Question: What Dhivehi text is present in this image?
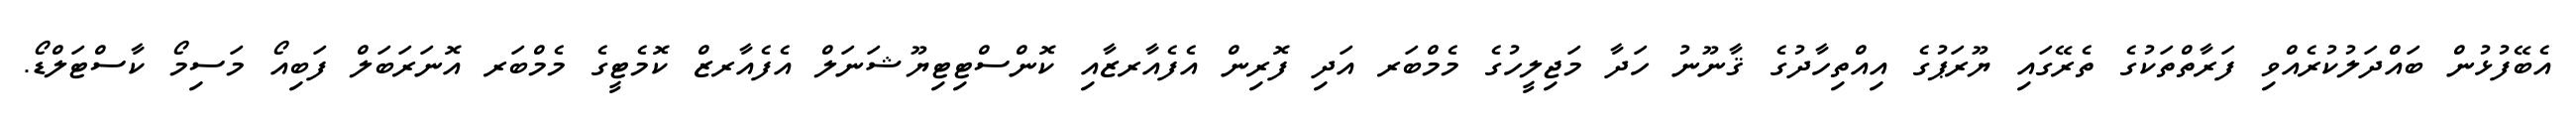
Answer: އެބޭފުޅުން ބައްދަލުކުރެއްވި ފަރާތްތަކުގެ ތެރޭގައި ޔޫރަޕުގެ އިއްތިހާދުގެ ޤާނޫނު ހަދާ މަޖިލީހުގެ މެމްބަރ އަދި ފޮރިން އެފެއާރޒާއި ކޮންސްޓިޓިޔޫޝަނަލް އެފެއާރޒް ކޮމެޓީގެ މެމްބަރ އޮނަރަބަލް ފަބިއޯ މަސިމޯ ކާސްޓަލްޑޯ.